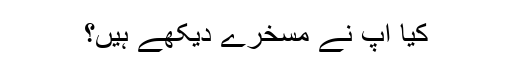
کیا آپ نے مسخرے دیکھے ہیں؟